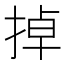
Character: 掉